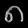
Digit: ၈